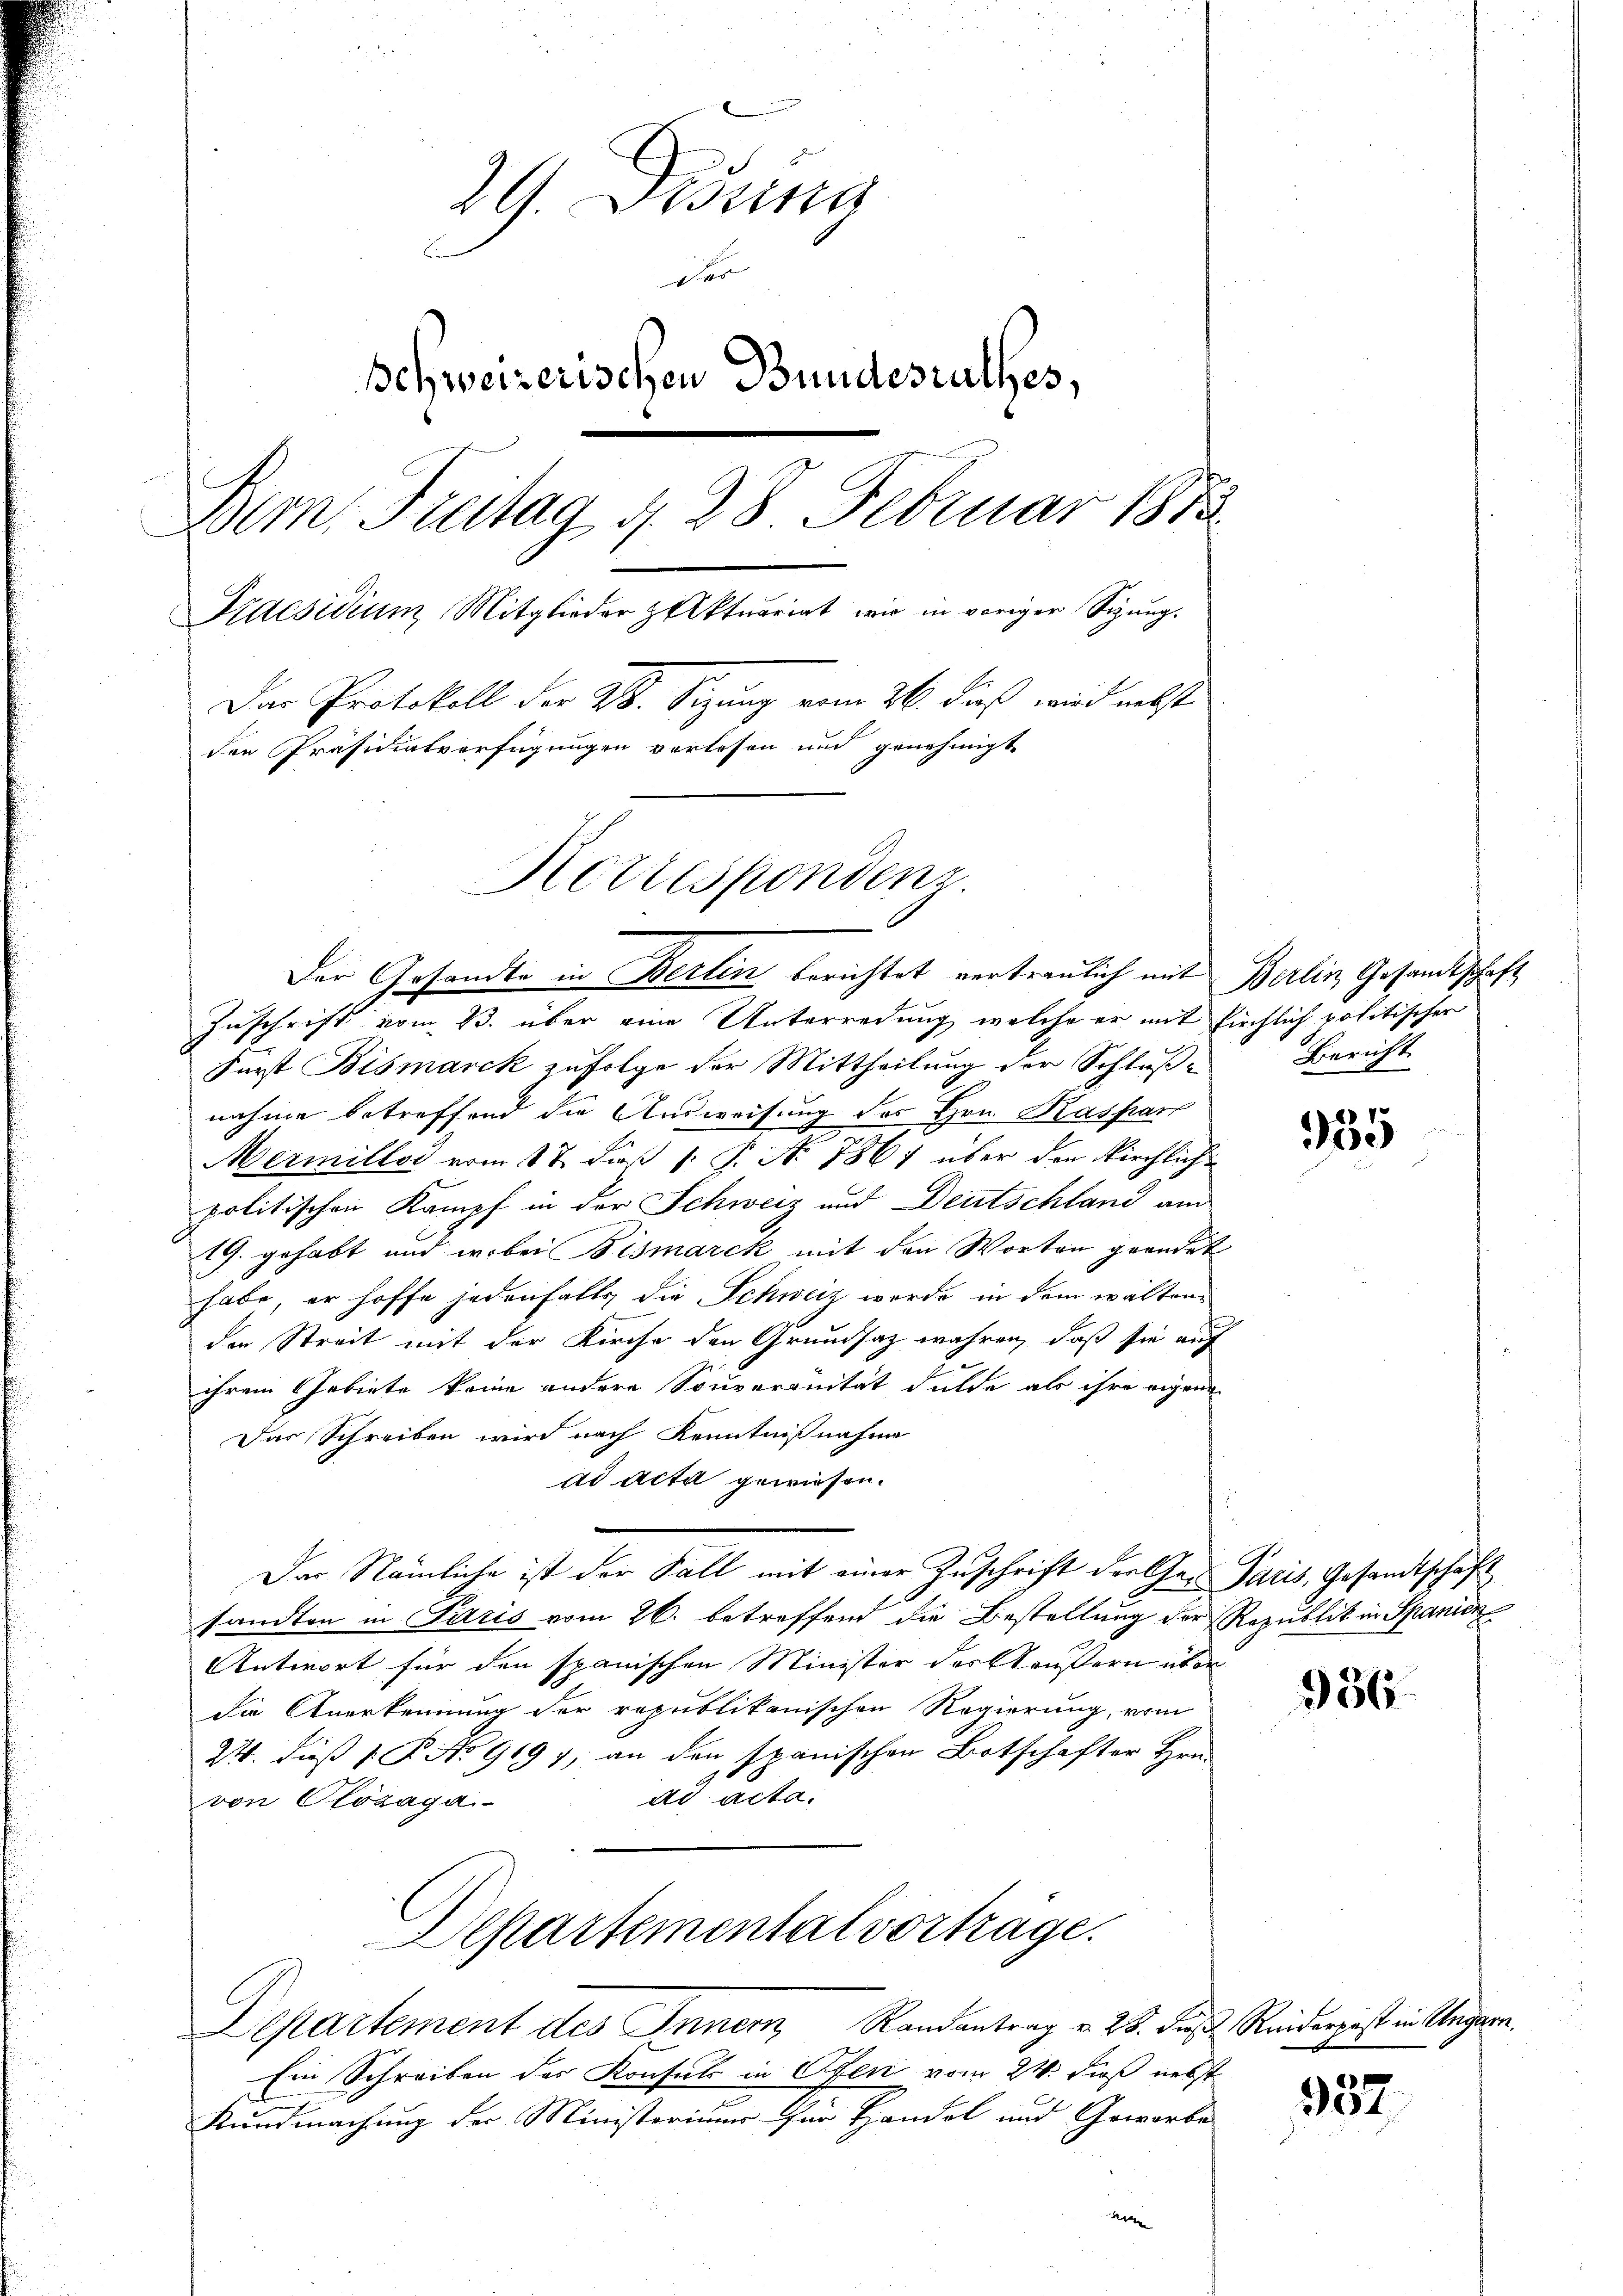
29. Dessitze

Behweizerischen Bundesrathes,
Bern. Freitag d. 28. Februar 1815
Praesidium Mitglieder Aktuariat wie in voriger Sigŭng.
Das Protokoll der 28. Sitzung vom 26. dieß wird nebst
den Präsidialverfügungen verlesen und genehmigt
Korrespondenz

Der Gesandte in Berlin berichtet vertraulich mit Berlin Gesandtschaft
Zuschrift vom 23. über eine Unterredung, welche er mit Kirchlich politischer
Fürst Bismarck zufolge der Mittheilung der Schlußnahme betreffend die Ausweisung des Hrn. Kaspar
Mermillos vom 17. Dieß 1: P. No 786 über den Kirchlichpolitischen Kampf in der Schweiz und Deutschland am
19. gehabt und wobei Bismarck mit den Worten geändet
habe, er hoffe jedenfalls die Schweiz werde in dem waltenden Streit mit der Kirche den Grundsaz währen, daß sie auf
ihrem Gebiete keine andere Souveranität dulde als ihre eigene
Das Schreiben wird nach Kenntnißnahme
ad Acta gewiesen.
Der Nämliche ist der Fall mit einer Zuschrift der Cher Paris, Gesandtschaft
sandten in Paris vom 26. betreffend die Bestellung der Republik in Spanien
Antwort für den spanischen Minister des Häusern über
die Anerkennung der republikanischen Regierung, vom
24. dieß P. No 9197, an den spanischen Botschafter Hrn.
ad acta.
von Plozaga
Departemental vorträge.
Departement des Inner Randantrag v. 28. Fuß. Reiderpost in Ungarn.
Ein Schreiben der Konsuls in Ofen vom 24. dieß nebst
Kundmachung der Ministerium für Handel und Geworbe
ar

Bericht

935

356.

957.